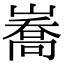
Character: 㠐